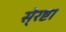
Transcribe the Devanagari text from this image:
से्रष्टा